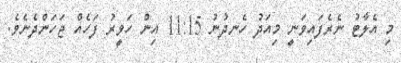
މި އެލާޓު ނެެރެފައިވަނީ މިއަދު ހެނދުނު 11:15 އިން ހަވީރު ފަހެއް ޖަހަންދެނެވެ.